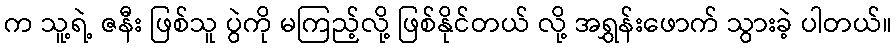
က သူ့ရဲ့ ဇနီး ဖြစ်သူ ပွဲကို မကြည့်လို့ ဖြစ်နိုင်တယ် လို့ အရွှန်းဖောက် သွားခဲ့ ပါတယ်။